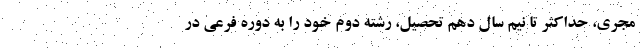
مجری، حداکثر تا نیم سال دهم تحصیل، رشته دوم خود را به دوره فرعی در